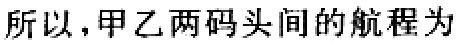
所以，甲乙两码头间的航程为